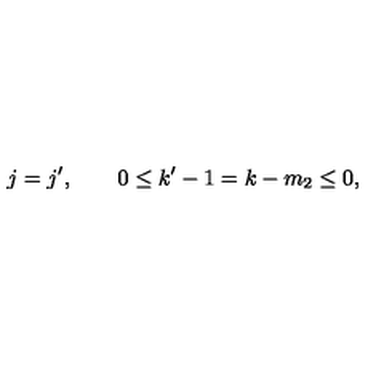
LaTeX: j = j ^ { \prime } , \qquad 0 \leq k ^ { \prime } - 1 = k - m _ { 2 } \leq 0 ,